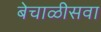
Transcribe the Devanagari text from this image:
बेचाळीसवा